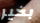
بخير